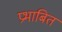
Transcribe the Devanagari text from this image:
प्रभाबित